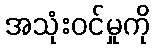
အသုံးဝင်မှုကို